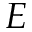
E